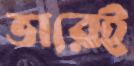
ভারেই